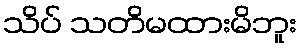
သိပ် သတိမထားမိဘူး